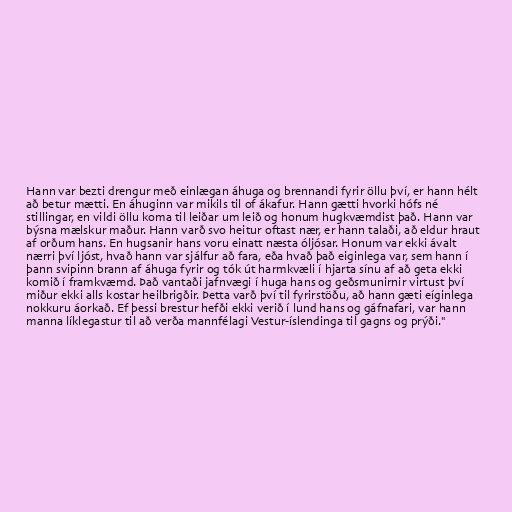
Hann var bezti drengur með einlægan áhuga og brennandi fyrir öllu því, er hann hélt
að betur mætti. En áhuginn var mikils til of ákafur. Hann gætti hvorki hófs né
stillingar, en vildi öllu koma til leiðar um leið og honum hugkvæmdist það. Hann var
býsna mælskur maður. Hann varð svo heitur oftast nær, er hann talaði, að eldur hraut
af orðum hans. En hugsanir hans voru einatt næsta óljósar. Honum var ekki ávalt
nærri því ljóst, hvað hann var sjálfur að fara, eða hvað það eiginlega var, sem hann í
þann svipinn brann af áhuga fyrir og tók út harmkvæli í hjarta sínu af að geta ekki
komið í framkvæmd. Það vantaði jafnvægi í huga hans og geðsmunirnir virtust því
miður ekki alls kostar heilbrigðir. Þetta varð því til fyrirstöðu, að hann gæti eíginlega
nokkuru áorkað. Ef þessi brestur hefði ekki verið í lund hans og gáfnafari, var hann
manna líklegastur til að verða mannfélagi Vestur-íslendinga til gagns og prýði."